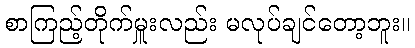
စာကြည့်တိုက်မှူးလည်း မလုပ်ချင်တော့ဘူး။